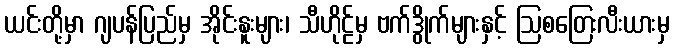
ယင်းတို့မှာ ဂျပန်ပြည်မှ အိုင်းနူးများ၊ သီဟိုဠ်မှ ဗက်ဒွိုက်များနှင့် ဩစတြေးလီးယားမှ